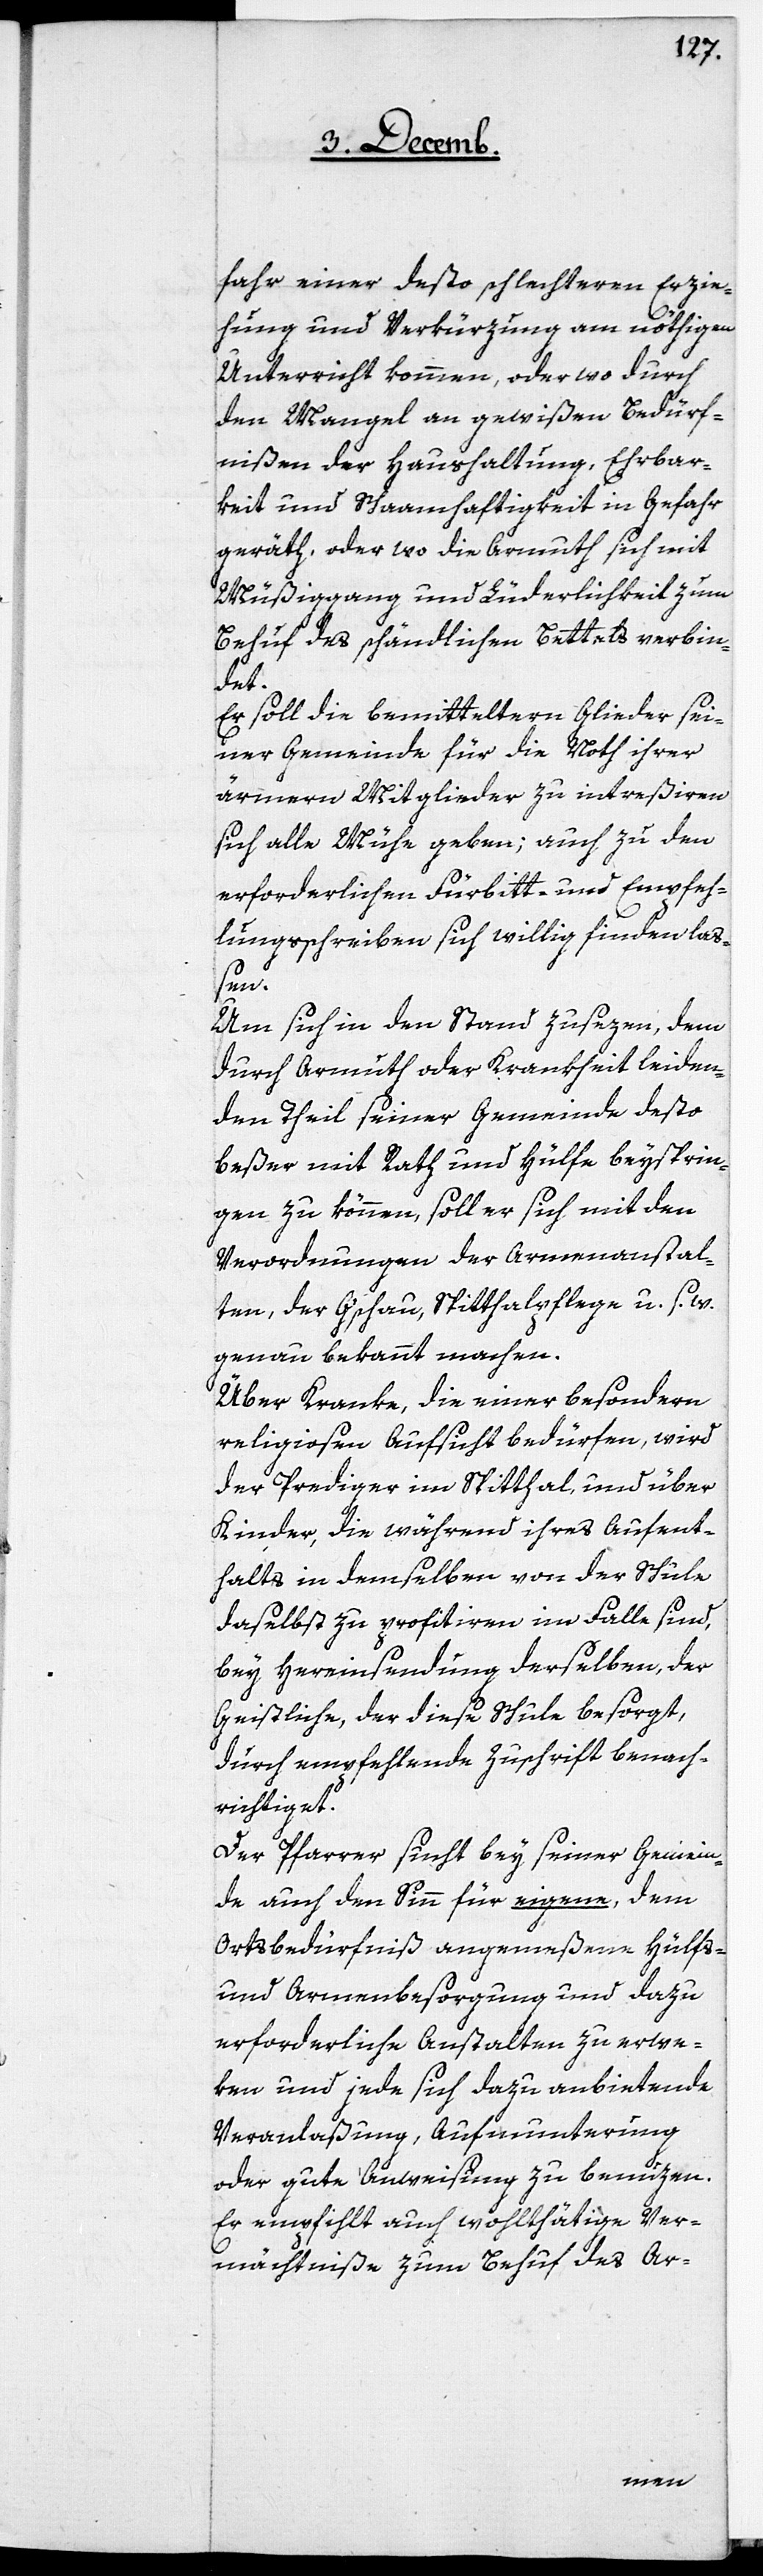
fahr einer desto schlechteren Erzie¬
hung und Verkürzung am nöthigen
Unterricht kommen, oder wo durch
den Mangel an gewißen Bedürf¬
nißen der Haushaltung, Ehrbar¬
keit und Schaamhaftigkeit in Gefahr
geräth, oder wo die Armut sich mit
Müßiggang und Lüderlichkeit zum
Behuf des schändlichen Bettels verbin¬
det.
Er soll die bemitteltern Glieder sei¬
ner Gemeinde für die Noth ihrer
ärmeren Mitglieder zu intreßiren,
sich alle Mühe geben; auch zu den
erforderlichen Fürbitte- und Empfeh¬
lungsschreiben sich willig finden laß¬
Ver¬
Um sich in den Stand zusezen, dem
durch Armuth oder Krankheit leiden¬
den Theil seiner Gemeinde desto
beßer mit Rath und Hülfe beysprin¬
gen zu können, soll er sich mit den
Verordnungen der Armenanstal¬
ten, der G’schau, Spitthalpflege u. s. w.
genau bekannt machen.
Über Kranke, die einer besondern
religiosen Aufsicht bedürfen, wird
der Prediger im Spitthal, und über
Kinder, die während ihres Aufent¬
halts in demselben von der Schule
daselbst zu profitiren im Falle sind,
bey Hereinsendung derselben, der
Geistliche, der diese Schule besorgt,
durch empfehlende Zuschrift benach¬
richtiget.
Der Pfarrer sucht bey seiner Gemein¬
de auch den Sinn für eigene, dem
Ortsbedürfniß angemeßene Hülfs-
und Armenbesorgung und dazu
erforderliche Anstalten zu erwe¬
ken und jede sich dazu anbietende
Veranlaßung, Aufmunterung
oder gute Anweisung zu benuzen.
mächtniße zum Behuf des Ar-